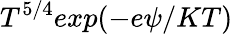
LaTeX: T^{5/4}exp{(-e\psi/KT)}